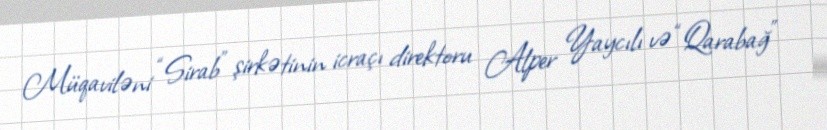
Müqaviləni “Sirab” şirkətinin icraçı direktoru Alper Yaycılı və “Qarabağ”